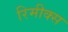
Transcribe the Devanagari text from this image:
रिमीक्स